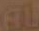
AL